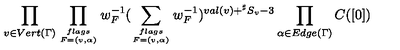
\prod _ { v \in V e r t ( \Gamma ) } \prod _ { { f l a g s } \atop { F = ( v , \alpha ) } } w _ { F } ^ { - 1 } ( \sum _ { { f l a g s } \atop { F = ( v , \alpha ) } } w _ { F } ^ { - 1 } ) ^ { v a l ( v ) + { } ^ { \sharp } S _ { v } - 3 } \prod _ { \alpha \in E d g e ( \Gamma ) } C ( [ 0 ] )